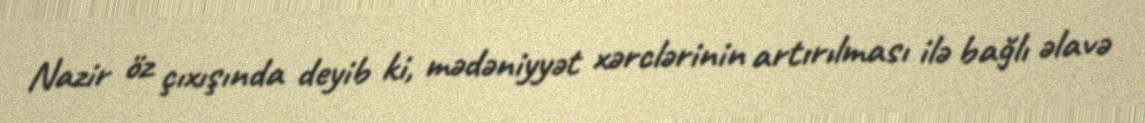
Nazir öz çıxışında deyib ki, mədəniyyət xərclərinin artırılması ilə bağlı əlavə